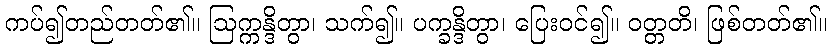
ကပ်၍တည်တတ်၏။ ဩက္ကန္ဒိတွာ၊ သက်၍။ ပက္ခန္ဒိတွာ၊ ပြေးဝင်၍။ ဝတ္တတိ၊ ဖြစ်တတ်၏။